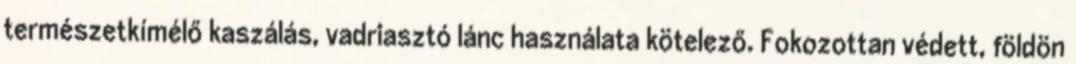
természetkímélő kaszálás, vadriasztó lánc használata kötelező. Fokozottan védett, földön